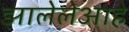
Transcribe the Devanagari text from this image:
झालेलेआहे